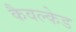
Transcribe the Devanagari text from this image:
कैवल्केड